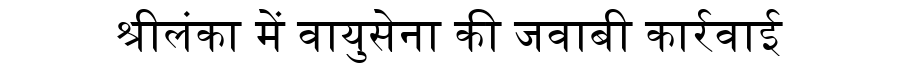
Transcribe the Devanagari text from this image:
श्रीलंका में वायुसेना की जवाबी कार्रवाई